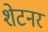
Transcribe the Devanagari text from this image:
शेटनर